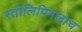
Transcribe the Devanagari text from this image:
स्तोलिपिनलाच